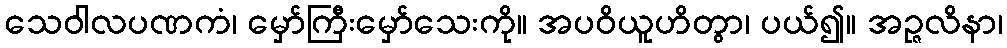
သေဝါလပဏကံ၊ မှော်ကြီးမှော်သေးကို။ အပဝိယူဟိတွာ၊ ပယ်၍။ အဉ္ဇလိနာ၊